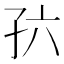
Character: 𪦸